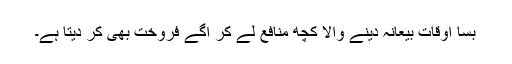
بسا اوقات بیعانہ دینے والا کچھ منافع لے کر آگے فروخت بھی کر دیتا ہے۔